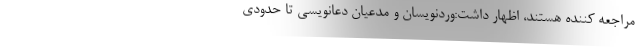
مراجعه کننده هستند، اظهار داشت:وردنویسان و مدعیان دعانویسی تا حدودی